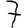
Digit: 7